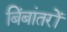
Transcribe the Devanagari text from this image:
बिंबांतरों